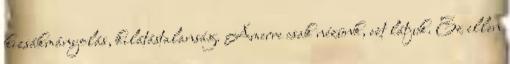
kizsákmányolás, kilátástalanság. Amerre csak nézünk, ezt látjuk. Ez ellen